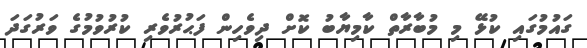
ގައުމުގައި ކުޅޭ މި މުބާރާތް ކާމިޔާބު ކޮށް ދިވެހިން ފަޙުރުވެރި ކުރުވުމުގެ ވަރުގަދަ